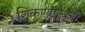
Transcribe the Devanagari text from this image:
शिकण्याऐवजी